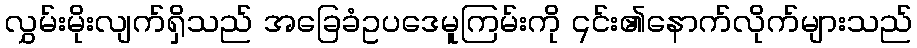
လွှမ်းမိုးလျက်ရှိသည် အခြေခံဥပဒေမူကြမ်းကို ၎င်း၏နောက်လိုက်များသည်